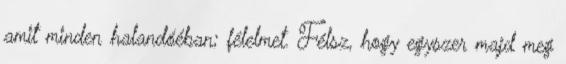
amit minden halandóéban; félelmet. Félsz, hogy egyszer majd meg